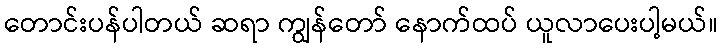
တောင်းပန်ပါတယ် ဆရာ ကျွန်တော် နောက်ထပ် ယူလာပေးပါ့မယ်။